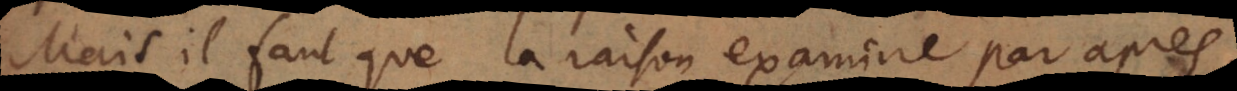
Mais il faut que la raison examine par après,